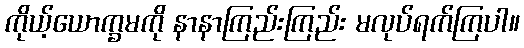
ကိုယ့်ယောက္ခမကို နာနာကြည်းကြည်း မလုပ်ရက်ကြပါ။